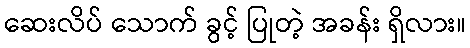
ဆေးလိပ် သောက် ခွင့် ပြုတဲ့ အခန်း ရှိလား။